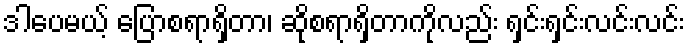
ဒါပေမယ့် ပြောစရာရှိတာ၊ ဆိုစရာရှိတာကိုလည်း ရှင်းရှင်းလင်းလင်း